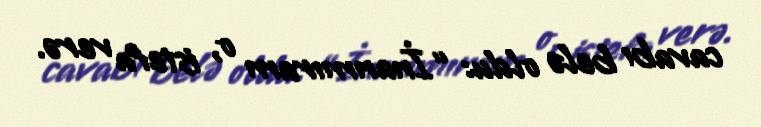
cavabı belə oldu: “İnanmıram o, istefa verə.